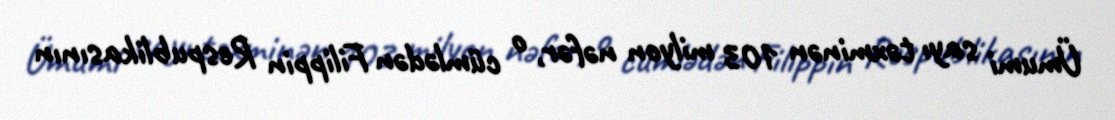
Ümumi sayı təxminən 103 milyon nəfər, o cümlədən Filippin Respublikasının